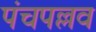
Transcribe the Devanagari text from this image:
पंचपल्लव